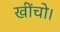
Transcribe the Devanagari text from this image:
खींचो।